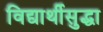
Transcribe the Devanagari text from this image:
विद्यार्थीसुद्धा